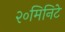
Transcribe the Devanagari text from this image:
२०मिनिटे